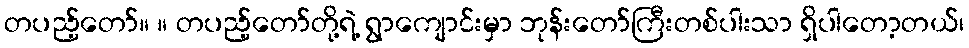
တပည့်တော်။ ။ တပည့်တော်တို့ရဲ့ ရွာကျောင်းမှာ ဘုန်းတော်ကြီးတစ်ပါးသာ ရှိပါတော့တယ်၊